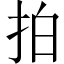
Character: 拍